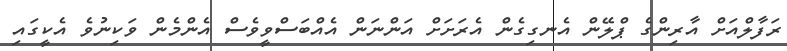
ރަފާލްއަށް އާރިންގެ ޕްލޭން އެނގިގެން އެރަށަށް އަންނަން އެއްބަސްވީވެސް އެންމެން ވަކިނުވެ އެކީގައި